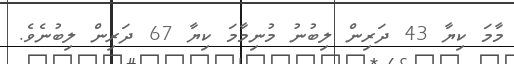
މާމަ ކިޔާ 43 ދަރިން ލިބުނު މުނިމާމަ ކިޔާ 67 ދަރިން ލިބުނެވެ.